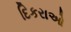
દિકરાઓ